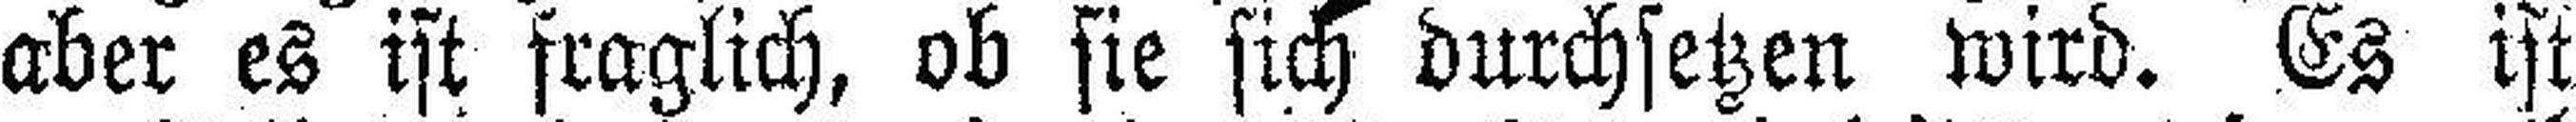
aber es ist fraglich, ob sie sich durchsetzen wird. Es ist